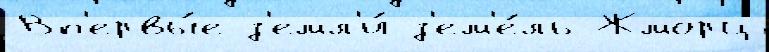
Вп'ервы́е з'емл'и́ з'ем'е́ль Жморц